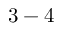
3 - 4